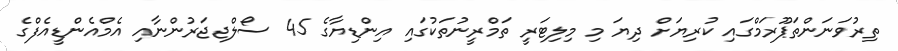
ތިރުވަނަންތަޕޫރަމްގައި ކުރިޔަށް ދިޔަ މި މިލިޓަރީ ތަމްރީނުތަކުގައި އިންޑިޔާގެ 45 ސޯލްޖޖަރުންނާއި އެމްއެންޑީއެފްގެ